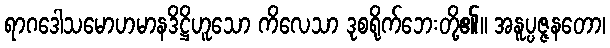
ရာဂဒေါသမောဟမာနဒိဋ္ဌိဟူသော ကိလေသာ ဒုစရိုက်ဘေးတို့၏။ အနူပ္ပဇ္ဇနတော၊